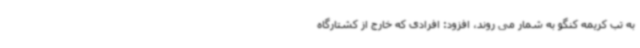
به تب کریمه کنگو به شمار می روند، افزود: افرادی که خارج از کشتارگاه